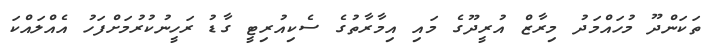
ތަކަންދޫ މުހައްމަދު މިރާޒް އުރީދޫގެ މައި އިމާރާތުގެ ސެކިއުރިޓީ ގާޑު ރަހީނުކުރުމަށްފަހު އެއްލައްކަ